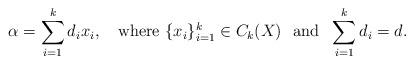
LaTeX: \begin{align*}\alpha =\sum_{i=1}^kd_ix_i,\quad\mbox{where }\{x_i\}_{i=1}^k\in C_k(X)\ \ \mbox{and }\ \sum_{i=1}^kd_i=d.\end{align*}